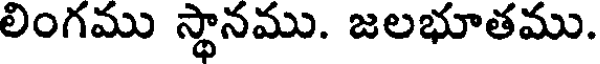
లింగము స్థానము. జలభూతము.